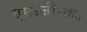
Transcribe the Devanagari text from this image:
एम॰जी॰के॰